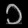
Digit: ၁